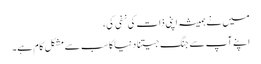
میں نے ہمیشہ اپنی ذات کی نفی کی،
اپنے آپ سے جنگ جیتنا دنیا کا سب سے مشکل کام ہے۔